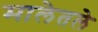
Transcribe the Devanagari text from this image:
मालेतले